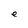
Character: e